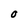
Character: O